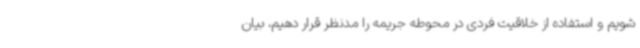
شویم و استفاده از خلاقیت فردی در محوطه جریمه را مدنظر قرار دهیم، بیان